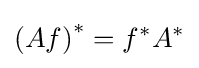
\left(Af\right)^{*}=f^{*}A^{*}